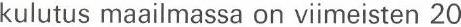
kulutus maailmassa on viimeisten 20